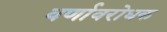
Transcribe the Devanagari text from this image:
वर्णावरोधक